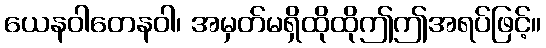
ယေနဝါတေနဝါ၊ အမှတ်မရှိထိုထိုဤဤအရပ်ဖြင့်။